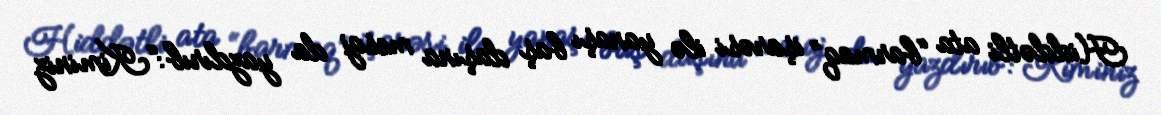
Hiddətli ata “barmaq” işarəsi ilə yanaşı baş daşına mesaj da yazdırıb:“Kiminiz